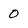
Character: 0